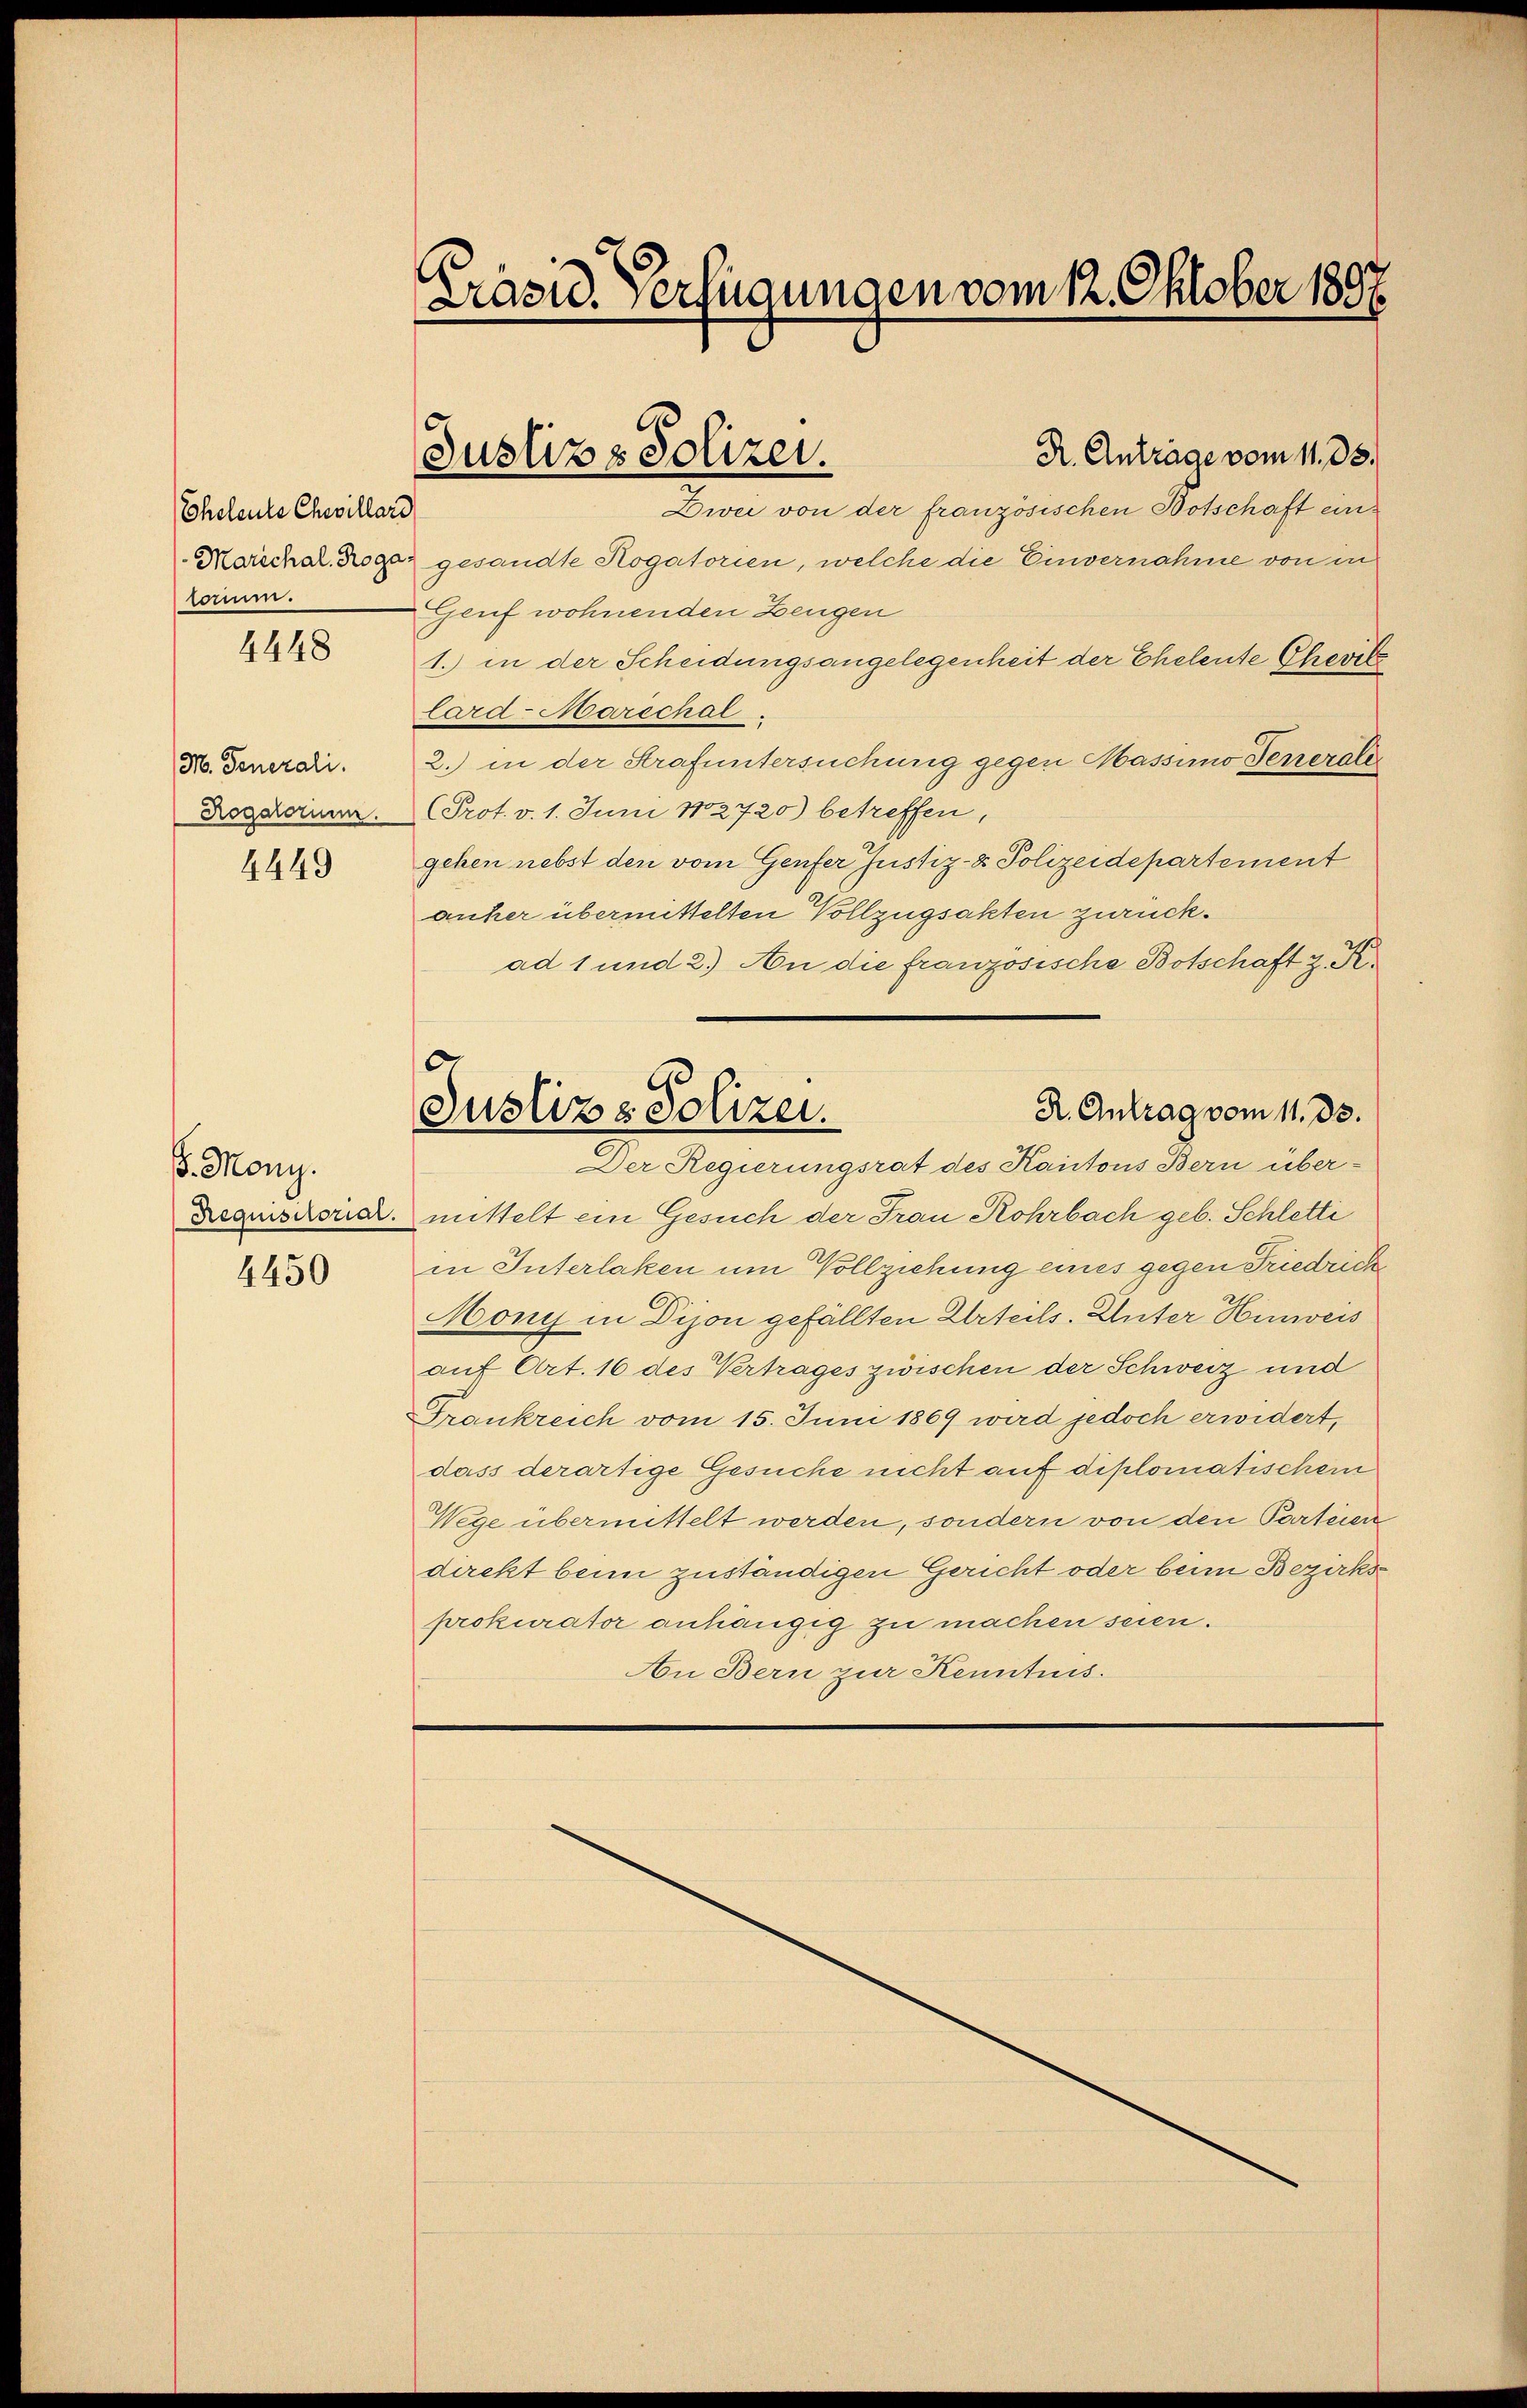
Eheleute Chevillard
Marechal, Roga
rom.
4448

M. Generali.
Rogatorum.
4449

. Mony.
Requisitorial.
4450

Präsid. Verfügungen vom 12. Oktober 1897.

Divei von der französischen Botschaft eingesandte Rogatorien, welche die Einvernahme von in
Genf wohnenden Zeugen
1.) in der Scheidungsangelegenheit der Eheleute Chevik
lard-Marschal
2.) in der Strafuntersuchung gegen Massimo Tenerale
Prot. v. 1. Juni 182720) betreffen,
gehen nebst den vom Genfer Justiz- & Polizeidepartement
anher übermittelten Vollzugsakten zurückad 1 und 2.) An die französische Botschaft z. R.
R. Antrag vom 11. ds.
Justiz & Polizei.
Der Regierungsrat des Kantons Bern über-
mittelt ein Gesuch der Frau Rohrbach geb. Schletti
in Interlaken um Vollziehung eines gegen Friedrich
Mony in Dison gefällten Urteils. Unter Hinweis
auf Art. 16 des Vertrages zwischen der Schweiz und
Frankreich vom 15. Juni 1869 wird jedoch erwidert,
dass derartige Gesuche nicht auf diplomatischem
Wege übermittelt werden, sondern von den Parteien
direkt beim zuständigen Gericht oder beim Bezirks
prokurator anhängig zu machen seien.
An Bern zur Kenntnis.

Justiz & Polizei.

R. Anträge vom 11. 35.